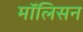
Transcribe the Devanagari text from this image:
मॉलिसन